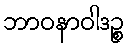
ဘာဝနာဝါဒဉ္စ